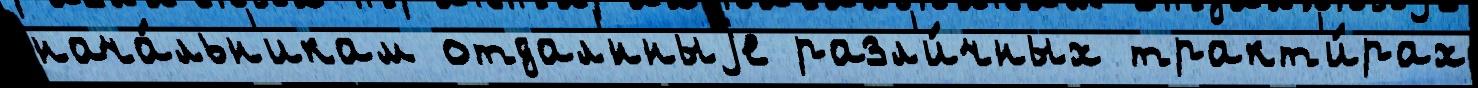
нача́льн'икам отдал'́нныjе разл'и́чных тракт'и́рах